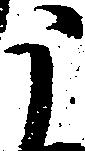
う